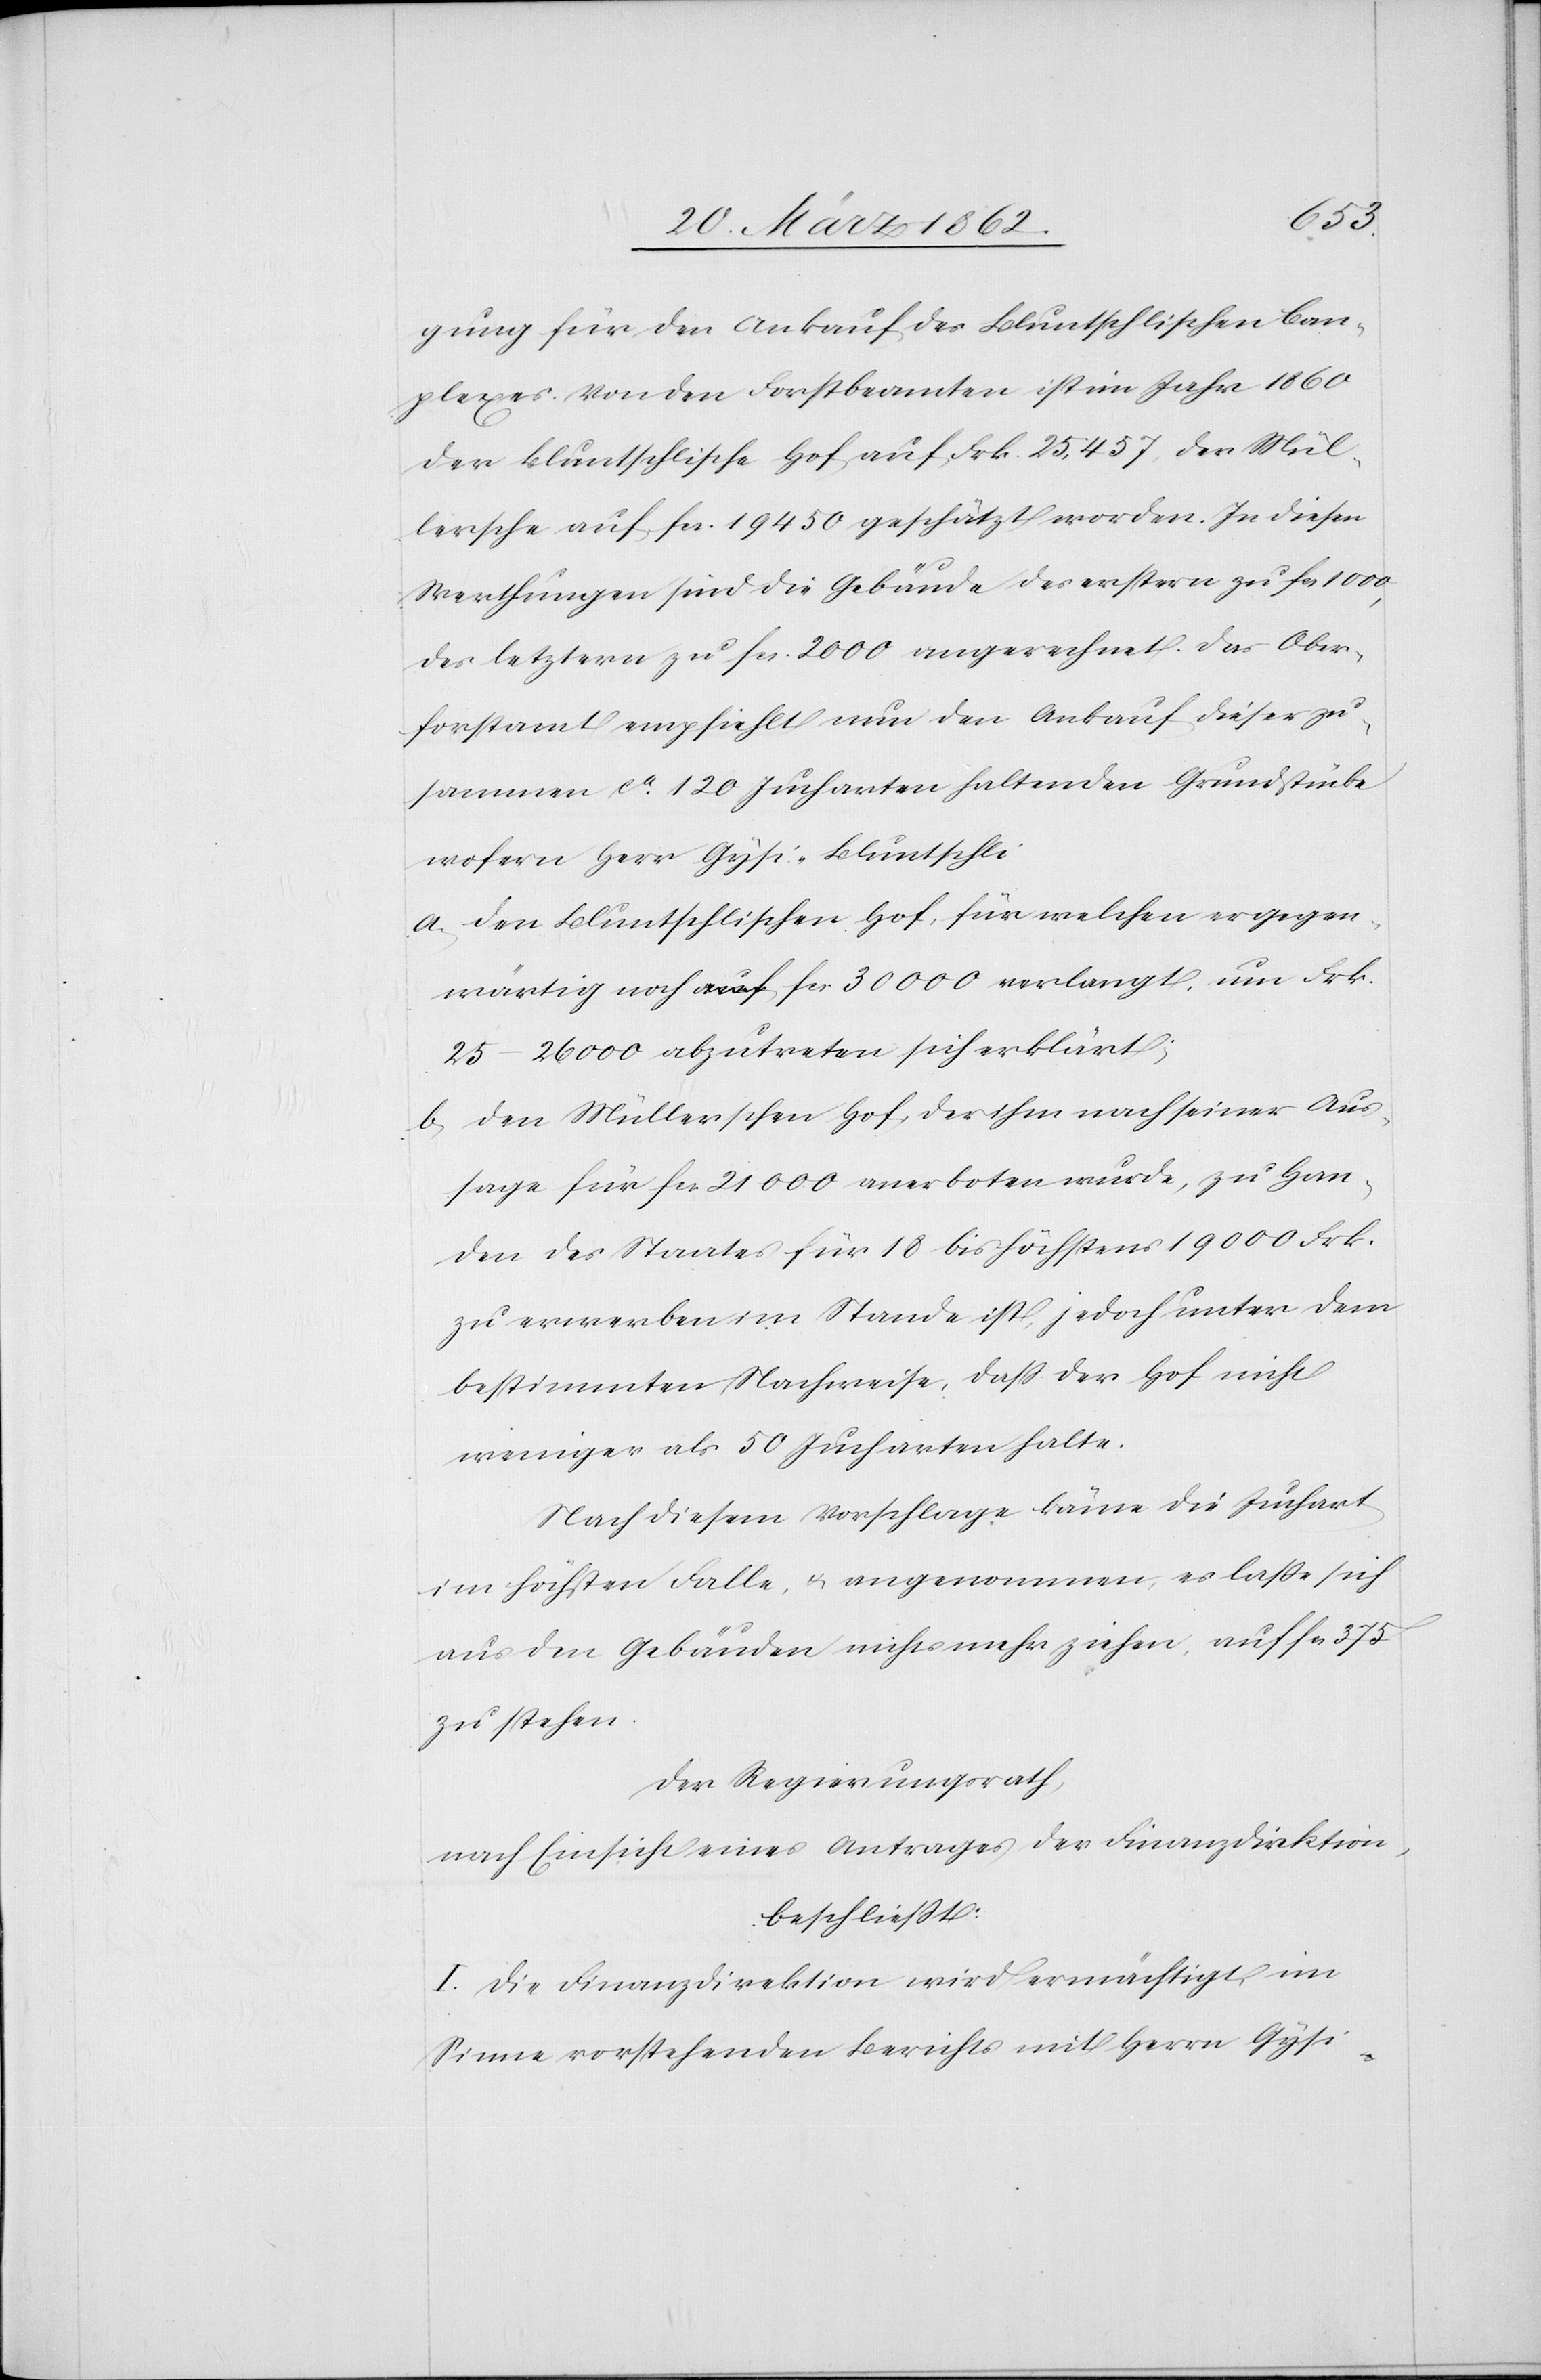
gung für den Ankauf des Bluntschlischen Com¬
plexes. Von den Forstbeamten ist im Jahr 1860
der Bluntschlische Hof auf Frk. 25,457, der Mül¬
lersche auf fcs. 19 450 geschätzt worden. In diesen
Werthungen sind die Gebäude des erstern zu fcs 1000,
des letztern zu fcs. 2000 angerechnet. Das Ober¬
forstamt empfiehlt nun den Ankauf dieser zu¬
sammen ca. 120 Jucharten haltenden Grundstücke
wofern Herr Gysi-Bluntschli
a) den Bluntschlischen Hof, für welchen er gegen¬
wärtig noch fcs 30 000 verlangt, um Frk.
25–26 000 abzutreten sich erklärt;
b) den Müllerschen Hof, der ihm nach seiner Aus¬
kunft für fcs 21 000 anerboten wurde, zu Han¬
den des Staates für 18 bis höchstens 19 000 Frk.
zu erwerben im Stande ist, jedoch unter dem
bestimmten Nachweise, daß der Hof nicht
weniger als 50 Jucharten halte.
Nach diesem Vorschlage käme die Juchart
im höchsten Falle, u. angenommen, es laße sich
aus den Gebäuden nichts mehr ziehen, auf fcs
zu stehen.
Der Regierungsrath,
nach Einsicht eines Antrages der Finanzdirektion,
beschließt:
I. Die Finanzdirektion wird ermächtigt, im
Sinne vorstehenden Berichts mit Herrn Gysi-